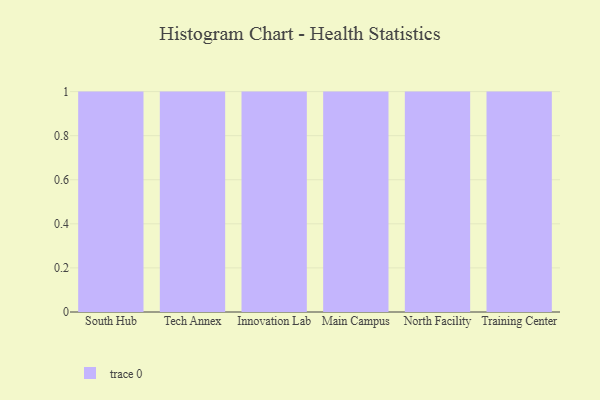
{"axis": {"x": "Campus", "y": "Bounce Rate (%)"}, "legend": [""], "data": [{"x": "South Hub", "y": 8, "type": ""}, {"x": "Tech Annex", "y": 17, "type": ""}, {"x": "Innovation Lab", "y": 63, "type": ""}, {"x": "Main Campus", "y": 54, "type": ""}, {"x": "North Facility", "y": 100, "type": ""}, {"x": "Training Center", "y": 80, "type": ""}]}